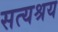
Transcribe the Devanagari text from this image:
सत्यश्रय